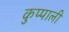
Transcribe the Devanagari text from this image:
कुप्पाली